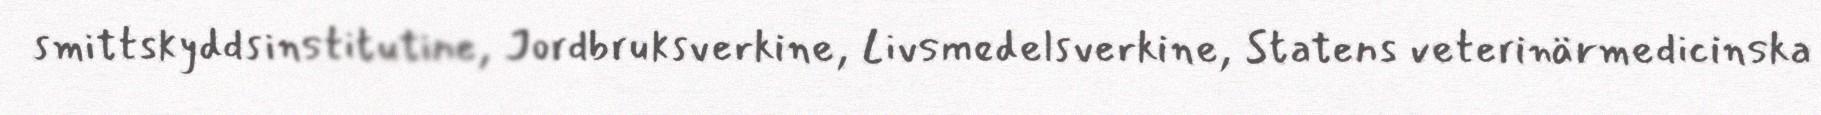
smittskyddsinstitutine, Jordbruksverkine, Livsmedelsverkine, Statens veterinärmedicinska